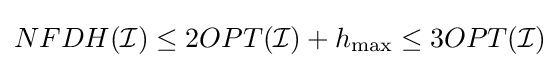
NFDH({\mathcal {I}})\leq 2OPT({\mathcal {I}})+h_{\max }\leq 3OPT({\mathcal {I}})